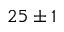
2 5 \pm 1